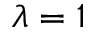
\lambda = 1